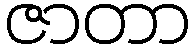
ဇာတာ